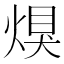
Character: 𤋀